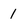
Character: 1